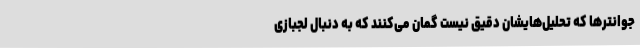
جوانترها که تحلیل‌هایشان دقیق نیست گمان می‌کنند که به دنبال لجبازی